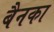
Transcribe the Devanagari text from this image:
बैनका